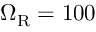
\Omega _ { \mathrm { R } } = 1 0 0